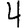
Digit: 4